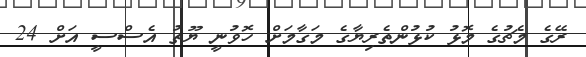
ރޭގެ މެޗުގެ މޮޅު ކުޅުންތެރިޔާގެ މަގާމަށް ހޮވުނީ ޔޫތު އެސްސީ އަށް 24